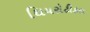
થિયરોટીકલ